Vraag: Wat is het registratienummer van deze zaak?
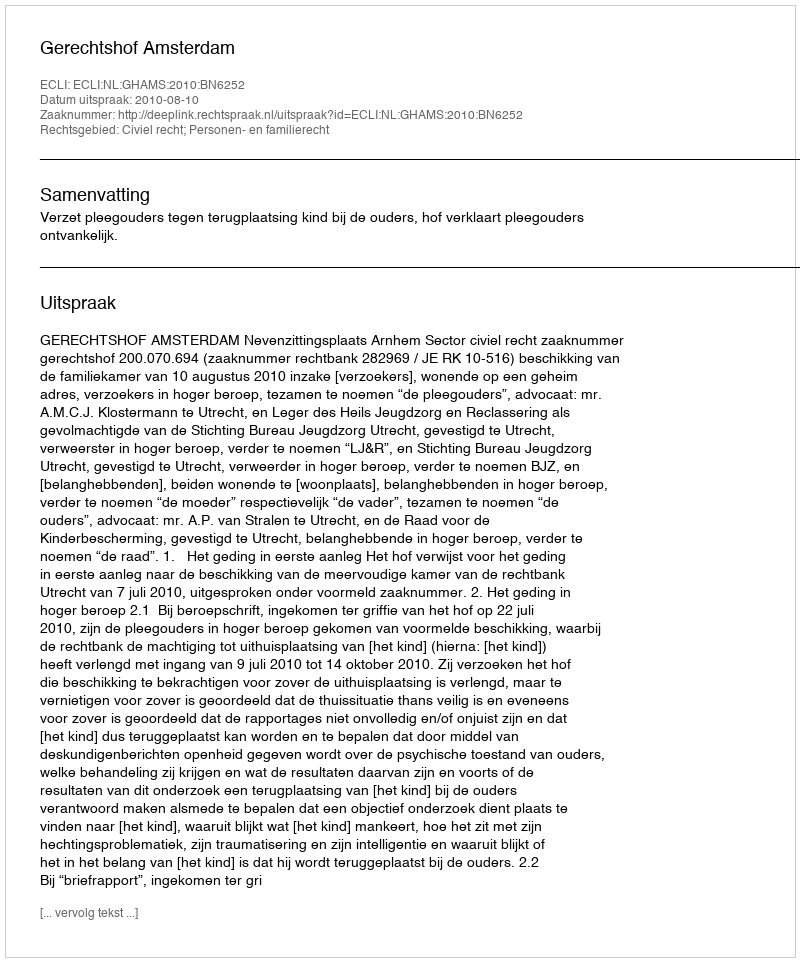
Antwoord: http://deeplink.rechtspraak.nl/uitspraak?id=ECLI:NL:GHAMS:2010:BN6252